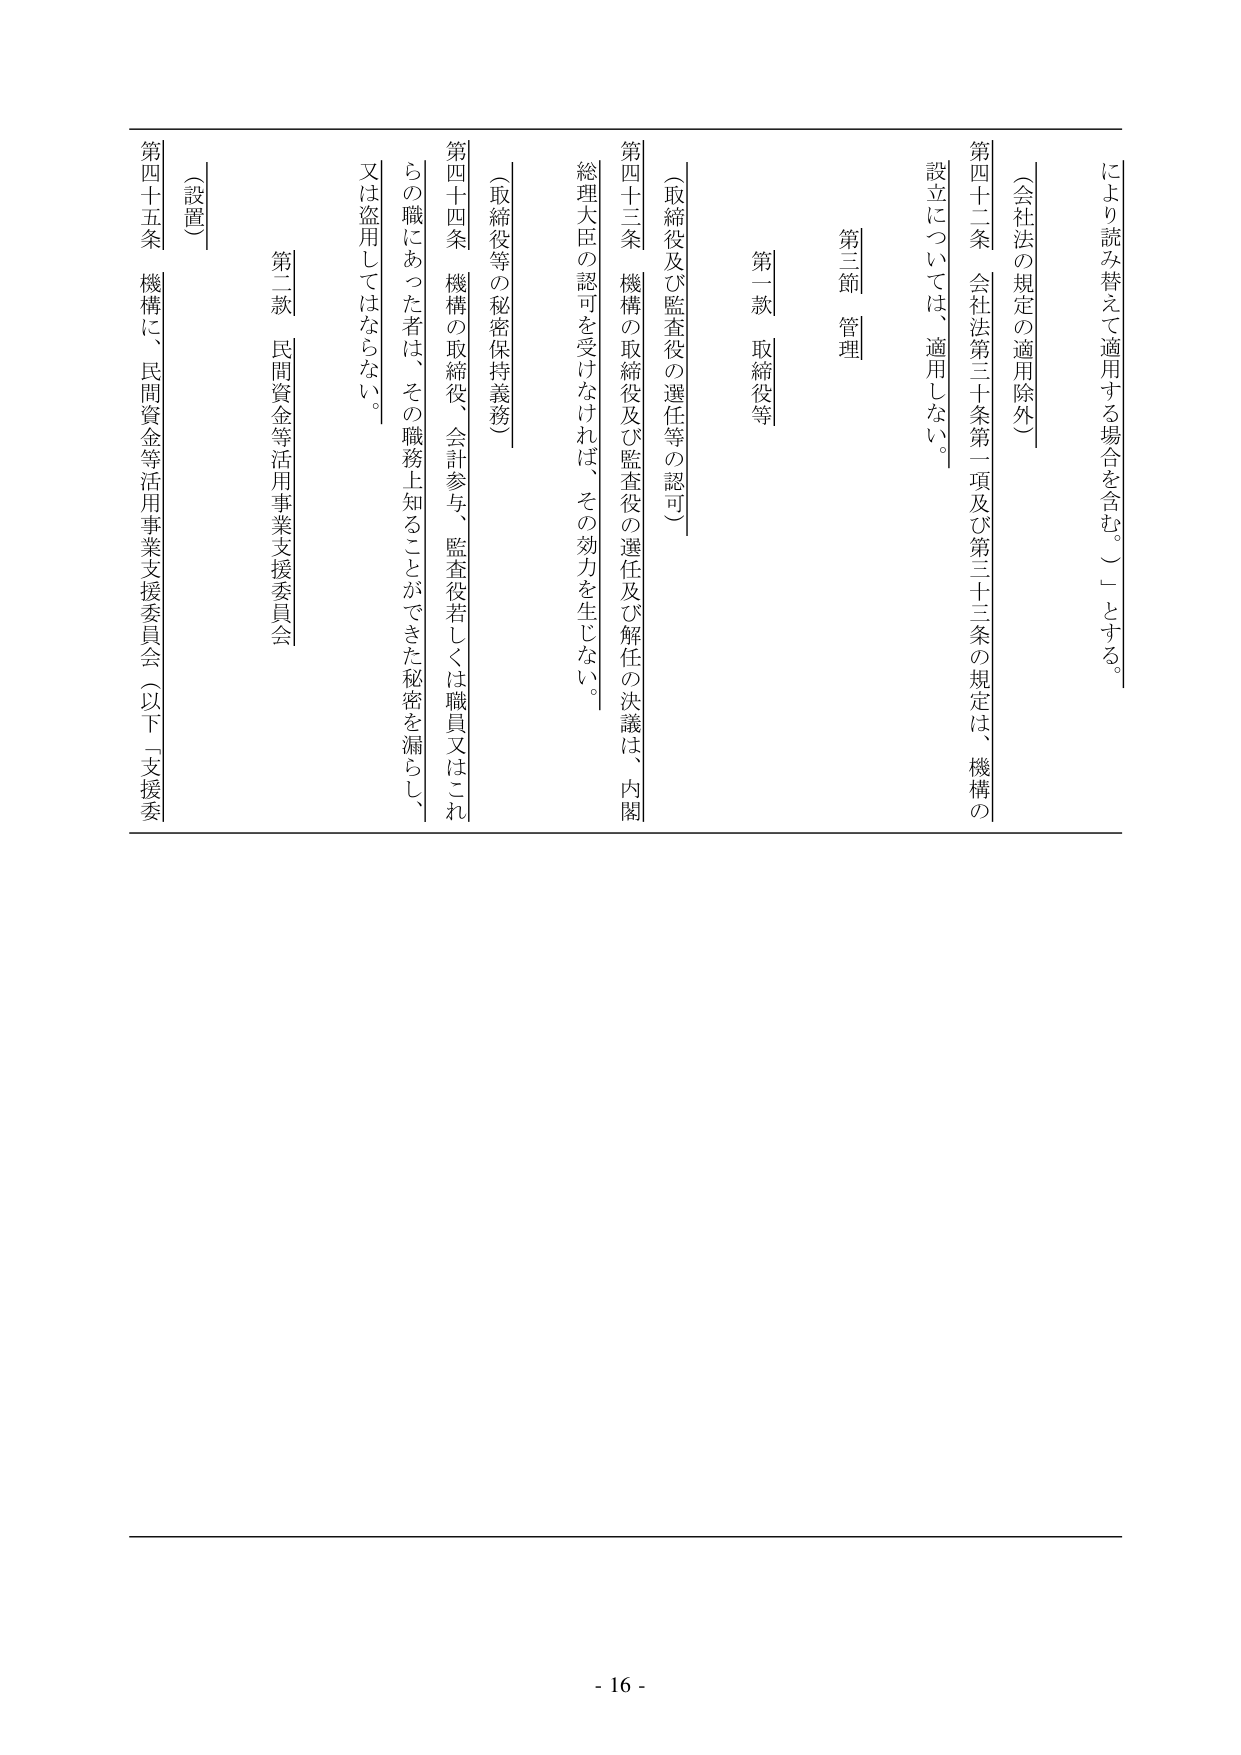
により読み替えて適用する場合を含む。）とする。

（会社法の規定の適用除外）
第四十二条 会社法第三十条第一項及び第三十三条の規定は、機構の
設立については、適用しない。

第三節 管理

第一款 取締役等

（取締役及び監査役の選任等の認可）
第四十三条 機構の取締役及び監査役の選任及び解任の決議は、内閣
総理大臣の認可を受けなければ、その効力を生じない。

（取締役等の秘密保持義務）
第四十四条 機構の取締役、会計参与、監査役若しくは職員又はこれ
らの職にあった者は、その職務上知ることができた秘密を漏らし、
又は盗用してはならない。

第二款 民間資金等活用事業支援委員会

（設置）
第四十五条 機構に、民間資金等活用事業支援委員会（以下「支援委

- 16 -